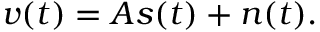
v ( t ) = A s ( t ) + n ( t ) .